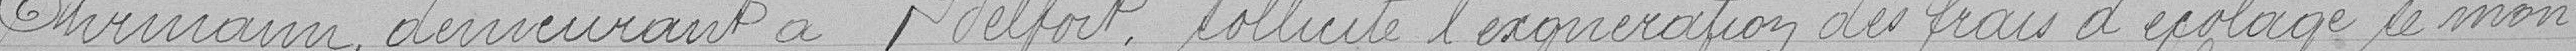
Ehrmann, demeurante à Belfort, sollicite l'exonération des frais d'écolage, se mon=